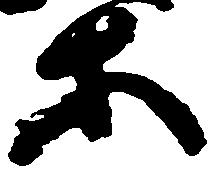
等